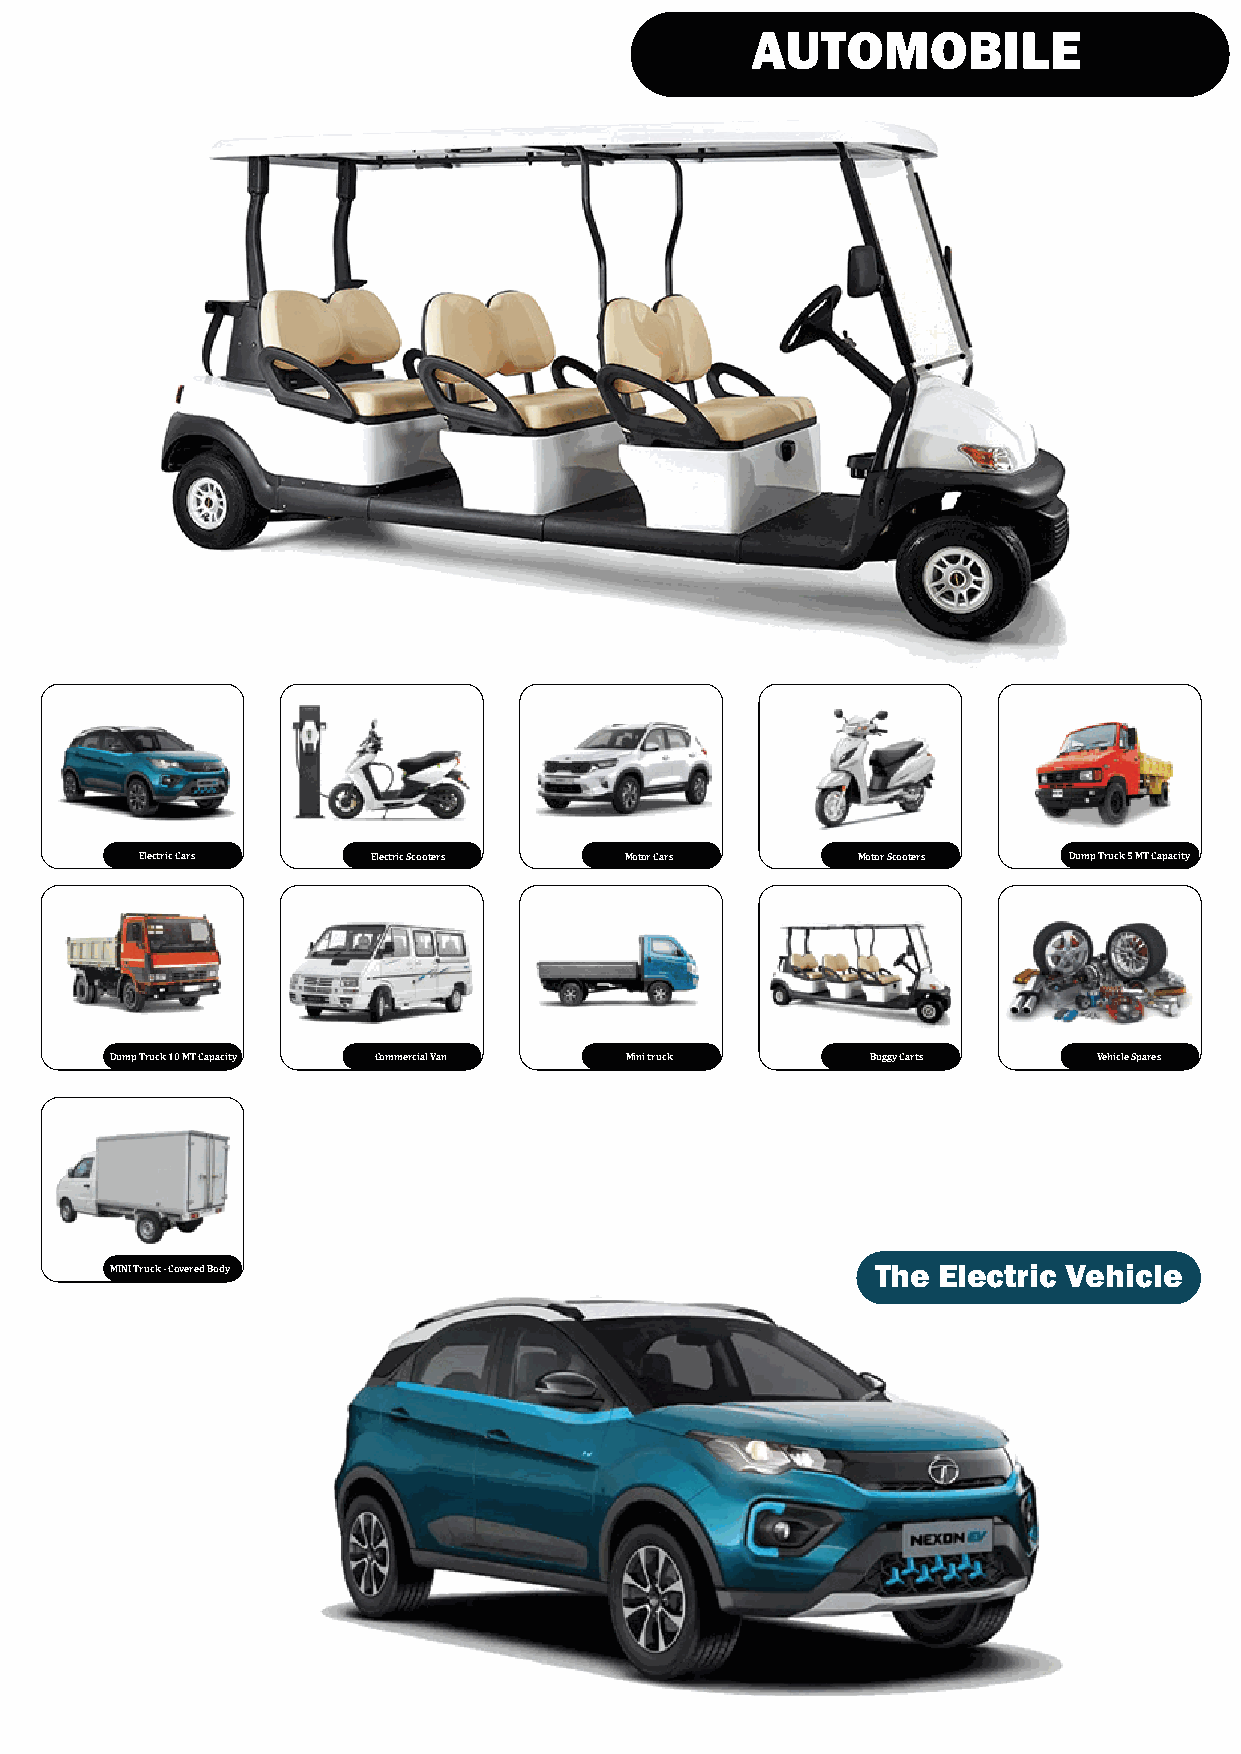
AUTOMOBILE
 Electric Cars   Electric Scooters Motor Cars    Motor Scooters Dump Truck 5 MT Capacity
 Dump Truck 10 MT Capacity Commercial Van Mini truck Buggy Carts   Vehicle Spares
 MINI Truck - Covered Body                          The Electric Vehicle